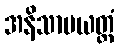
အနိသာမယတ္ထံ